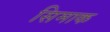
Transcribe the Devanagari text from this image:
सिमाक